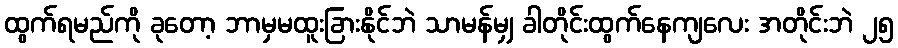
ထွက်ရမည်ကို ခုတော့ ဘာမှမထူးခြားနိုင်ဘဲ သာမန်မျှ ခါတိုင်းထွက်နေကျလေး အတိုင်းဘဲ ၂၅